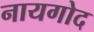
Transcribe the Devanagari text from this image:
नायगोद